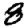
Digit: 8